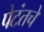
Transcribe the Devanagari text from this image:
पेटंतचे